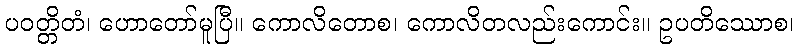
ပဝတ္တိတံ၊ ဟောတော်မူပြီ။ ကောလိတောစ၊ ကောလိတလည်းကောင်း။ ဥပတိဿောစ၊